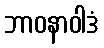
ဘာဝနာဝါဒံ